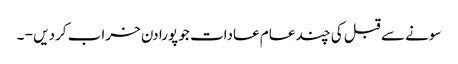
سونے سے قبل کی چند عام عادات جو پورا دن خراب کردیں - ۔